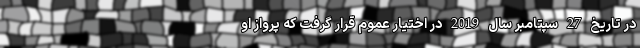
در تاریخ 27 سپتامبر سال 2019 در اختیار عموم قرار گرفت که پرواز او